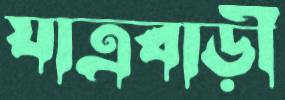
যাত্রবাড়ী